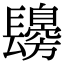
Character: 𨲾